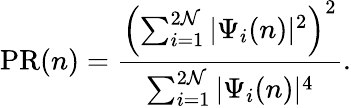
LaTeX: \mathrm{PR}(n)=\frac{\left(\sum_{i=1}^{2\mathcal{N}}|\Psi_{i}(n)|^{2}\right)^{2}}{\sum_{i=1}^{2\mathcal{N}}|\Psi_{i}(n)|^{4}}.